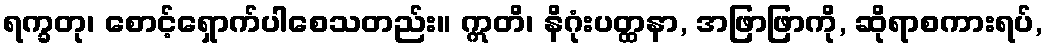
ရက္ခတု၊ စောင့်ရှောက်ပါစေသတည်း။ ဣတိ၊ နိဂုံးပတ္ထနာ, အဖြာဖြာကို, ဆိုရာစကားရပ်,